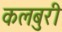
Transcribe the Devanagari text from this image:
कलबुरी